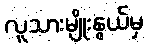
လူသားမျိုးနွယ်မှ